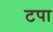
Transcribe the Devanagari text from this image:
टपा